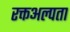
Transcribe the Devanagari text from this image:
रक्तअल्पता